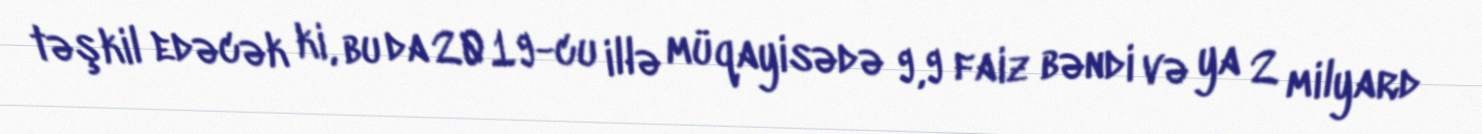
təşkil edəcək ki, bu da 2019-cu illə müqayisədə 9,9 faiz bəndi və ya 2 milyard